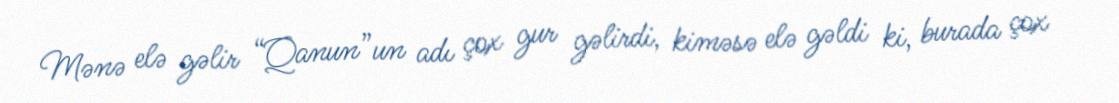
Mənə elə gəlir “Qanun”un adı çox gur gəlirdi, kiməsə elə gəldi ki, burada çox